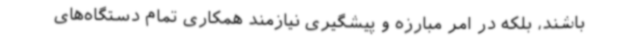
باشند، بلکه در امر مبارزه و پیشگیری نیازمند همکاری تمام دستگاه‌های